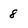
Character: 8